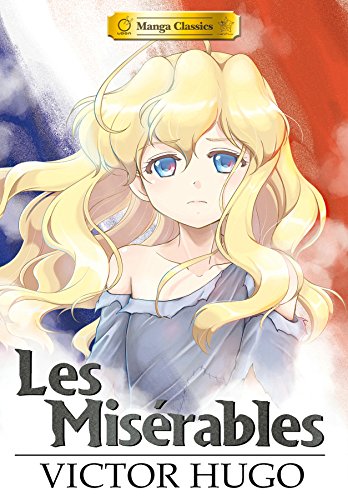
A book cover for Manga Classics: Les Miserables Softcover; Victor Hugo; Comics & Graphic Novels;